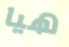
هيا